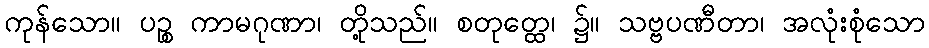
ကုန်သော။ ပဉ္စ ကာမဂုဏာ၊ တို့သည်။ စတုတ္ထေ၊ ၌။ သဗ္ဗပဏီတာ၊ အလုံးစုံသော